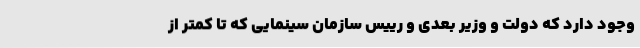
وجود دارد که دولت و وزیر بعدی و رییس سازمان سینمایی که تا کمتر از